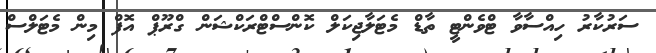
ސަރުކާރު ހިއްސާވާ ޓްވެންޓީ ތާޑް މެޓަލާޖިކަލް ކޮންސްޓްރަކްޝަން ގްރޫޕް އޮފް މިން މެޓަލްސް